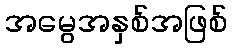
အမွေအနှစ်အဖြစ်